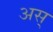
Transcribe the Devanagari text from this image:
अस्‌